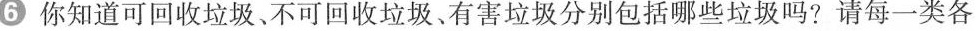
6你知道可回收垃圾、不可回收垃圾、有害垃圾分别包括哪些垃圾吗?请每一类各